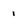
Character: i